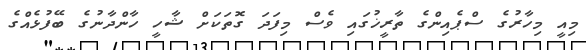
މިއީ މިހާރުގެ ސްޕެއިންގެ ތާރީޚުގައި ވެސް މިފަދަ ގޮތަކަށް ޝާހީ ހާންދާނުގެ ބޭފުޅެއްގެ